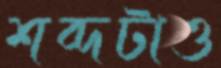
শব্দটাও